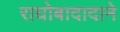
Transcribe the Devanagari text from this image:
राघोबादादाने